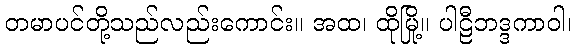
တမာပင်တို့သည်လည်းကောင်း။ အထ၊ ထိုမြို့။ ပါဠီဘဒ္ဒကာဝါ၊